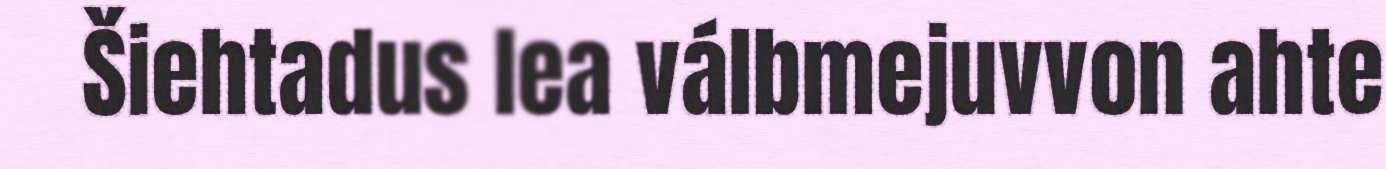
Šiehtadus lea válbmejuvvon ahte